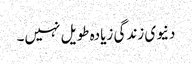
دنیوی زندگی زیادہ طویل نہیں۔